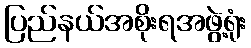
ပြည်နယ်အစိုးရအဖွဲ့ရုံး